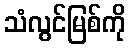
သံလွင်မြစ်ကို